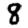
Digit: 8